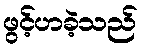
ဖွင့်ဟခဲ့သည်